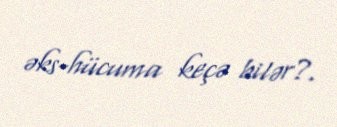
əks-hücuma keçə bilər?.